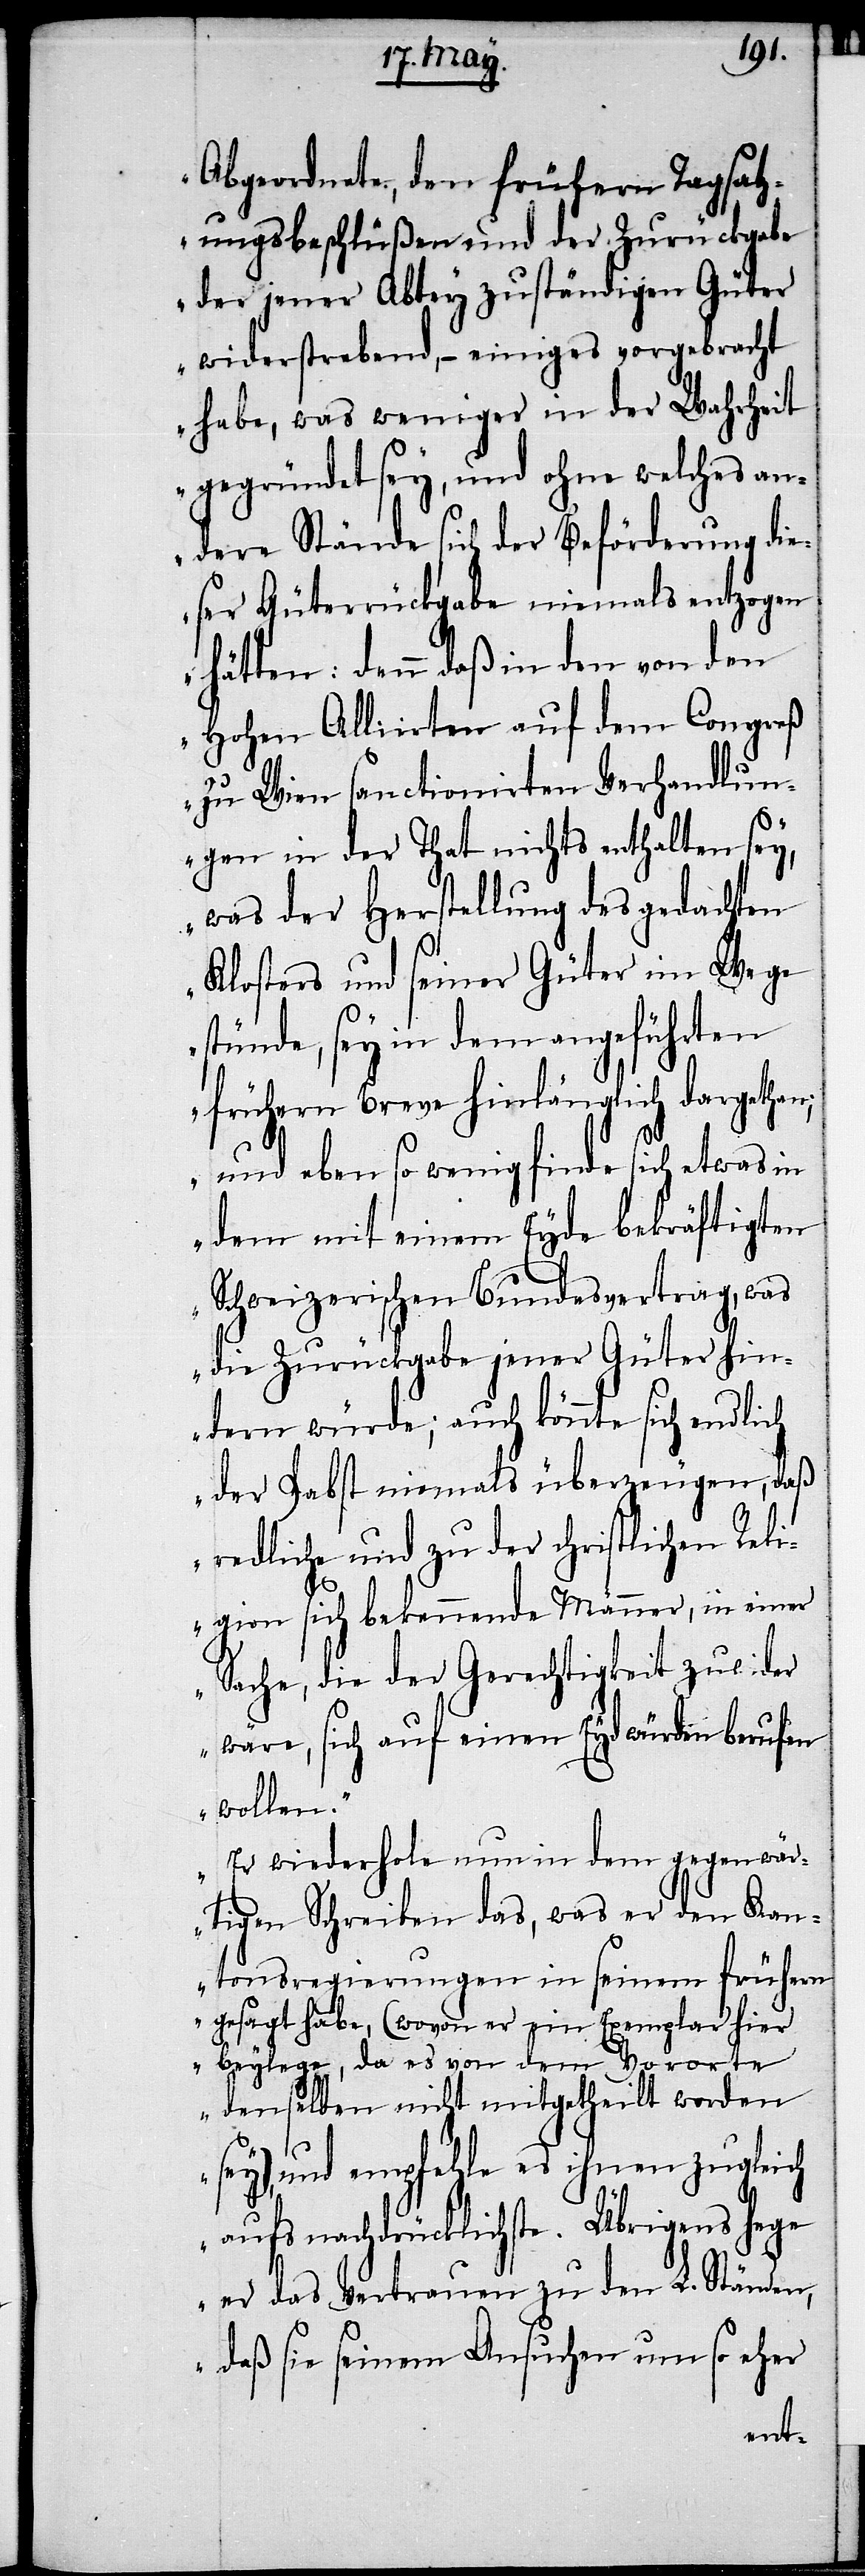
Abgeordnete, den frühern Tagsatz¬
ungsbeschlüßen und der Zurückgabe
der jener Abtey zuständigen Güter
widerstrebend, – einiges vorgebracht
habe, was weniger in der Wahrheit
gegründet sey, und ohne welches an¬
dere Stände sich der Beförderung die¬
ser Güterrückgabe niemals entzogen
hätten: denn daß in den von den
Hohen Alliirten auf dem Congreß
zu Wien sanctionirten Verhandlun¬
gen in der That nichts enthalten sey,
was der Herstellung des gedachten
Klosters und seiner Güter im Wege
stünde, sey in dem angeführten
frühern Breve hinlänglich dargethan;
und eben so wenig finde sich etwas in
dem mit einem Eyde bekräftigten
Schweizerischen Bundesvertrages, was
die Zurückgabe jener Güter hin¬
dern würde; auch könnte sich endlich
der Pabst niemals überzeugen, daß
redliche und zu der christlichen Reli¬
gion sich bekennende Männer, in einer
Sache, die der Gerechtigkeit zuwider
wäre, sich auf einen Eyd würden berufen
wollen.
Er wiederhole nun in dem gegenwär¬
tigen Schreiben das, was er den Kan¬
tonsregierungen in seinem frühern
gesagt habe (wovon er ein Exemplar hier
beylege, da es von dem Vororte
denselben nicht mitgetheilt worden
sey), und empfehle es ihnen zugleich
aufs nachdrücklichste. Übrigens hege
er das Vertrauen zu den L. Ständen,
daß sie seinem Ansuchen umso eher